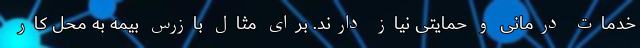
خدمات درمانی و حمایتی نیاز دارند. برای مثال بازرس بیمه به محل کار